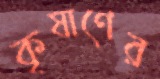
কৃষাণের